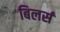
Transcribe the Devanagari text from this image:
बिलर्स